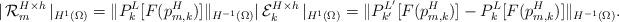
LaTeX: \begin{align*} |\, \mathcal{R}_{m}^{H \times h} \, |_{H^{1}(\Omega)} &=\| P_{k}^{L}[F(p_{m,k}^{H})] \|_{H^{-1}(\Omega)} |\, \mathcal{E}_{k}^{H \times h} \, |_{H^{1}(\Omega)} = \| P_{k'}^{L'}[F(p_{m,k}^{H})] - P_{k}^{L}[F(p_{m,k}^{H})] \|_{H^{-1}(\Omega)}.\end{align*}